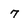
Character: 7